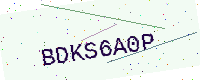
Text: BDKS6A0P